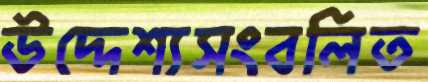
উদ্দেশ্যসংবলিত